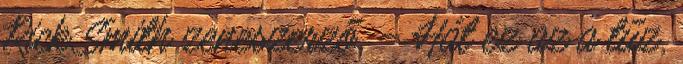
Rick Smith zeneszerző. – Hát ez az a tűz,